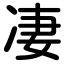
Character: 凄